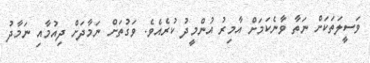
ވަސީލަތަކަށް ނަތާ ވާނެކަމަށް އާމިރު އުންމީދު ކުރެއެވެ. ވަގުތަށް ނަމާދަށް ދިއުމާއި ނަމާދު